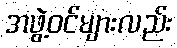
အဖွဲ့ဝင်များလည်း